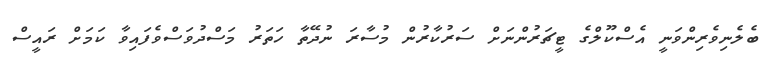
ބެލެނިވެރިންވަނީ އެސްކޫލްގެ ޓީޗަރުންނަށް ސަރުކާރުން މުސާރަ ނުދޭތާ ހަތަރު މަސްދުވަސްވެފައިވާ ކަމަށް ރައީސް